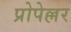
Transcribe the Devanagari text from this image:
प्रोपेल्लर